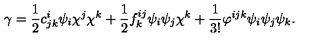
\gamma = \frac { 1 } { 2 } c _ { j k } ^ { i } \psi _ { i } \chi ^ { j } \chi ^ { k } + \frac { 1 } { 2 } f _ { k } ^ { i j } \psi _ { i } \psi _ { j } \chi ^ { k } + \frac { 1 } { 3 ! } \varphi ^ { i j k } \psi _ { i } \psi _ { j } \psi _ { k } .